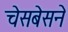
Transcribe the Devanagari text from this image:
चेसबेसने